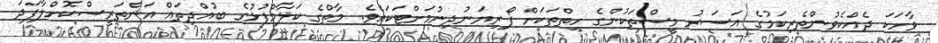
ވާހަކަ ދެއްކެވުންތެރިކަމުގެ އަސަރު މީސްތަކުންގެ ހިތްތަކަށް ފޯރިޔަނުދިނުމަށްޓަކައެވެ. މާތްގެ ކަލާމްފުޅުގެ ބުއްދިތައް އަންތަރީސްކޮށްލާފަދަ